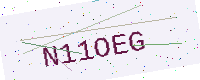
Text: N11OEG